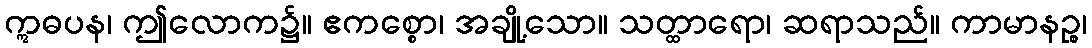
ဣဓပန၊ ဤလောက၌။ ဧကစ္စော၊ အချို့သော။ သတ္ထာရော၊ ဆရာသည်။ ကာမာနဉ္စ၊